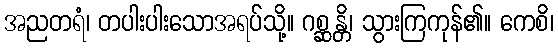
အညတရံ၊ တပါးပါးသောအရပ်သို့။ ဂစ္ဆန္တိ၊ သွားကြကုန်၏။ ကေစိ၊